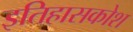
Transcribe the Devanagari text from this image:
इतिहासकोश